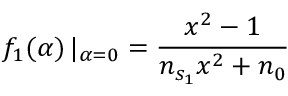
\mathop { f _ { 1 } ( \alpha ) } | _ { \alpha = 0 } = \frac { x ^ { 2 } - 1 } { n _ { s _ { 1 } } x ^ { 2 } + n _ { 0 } }